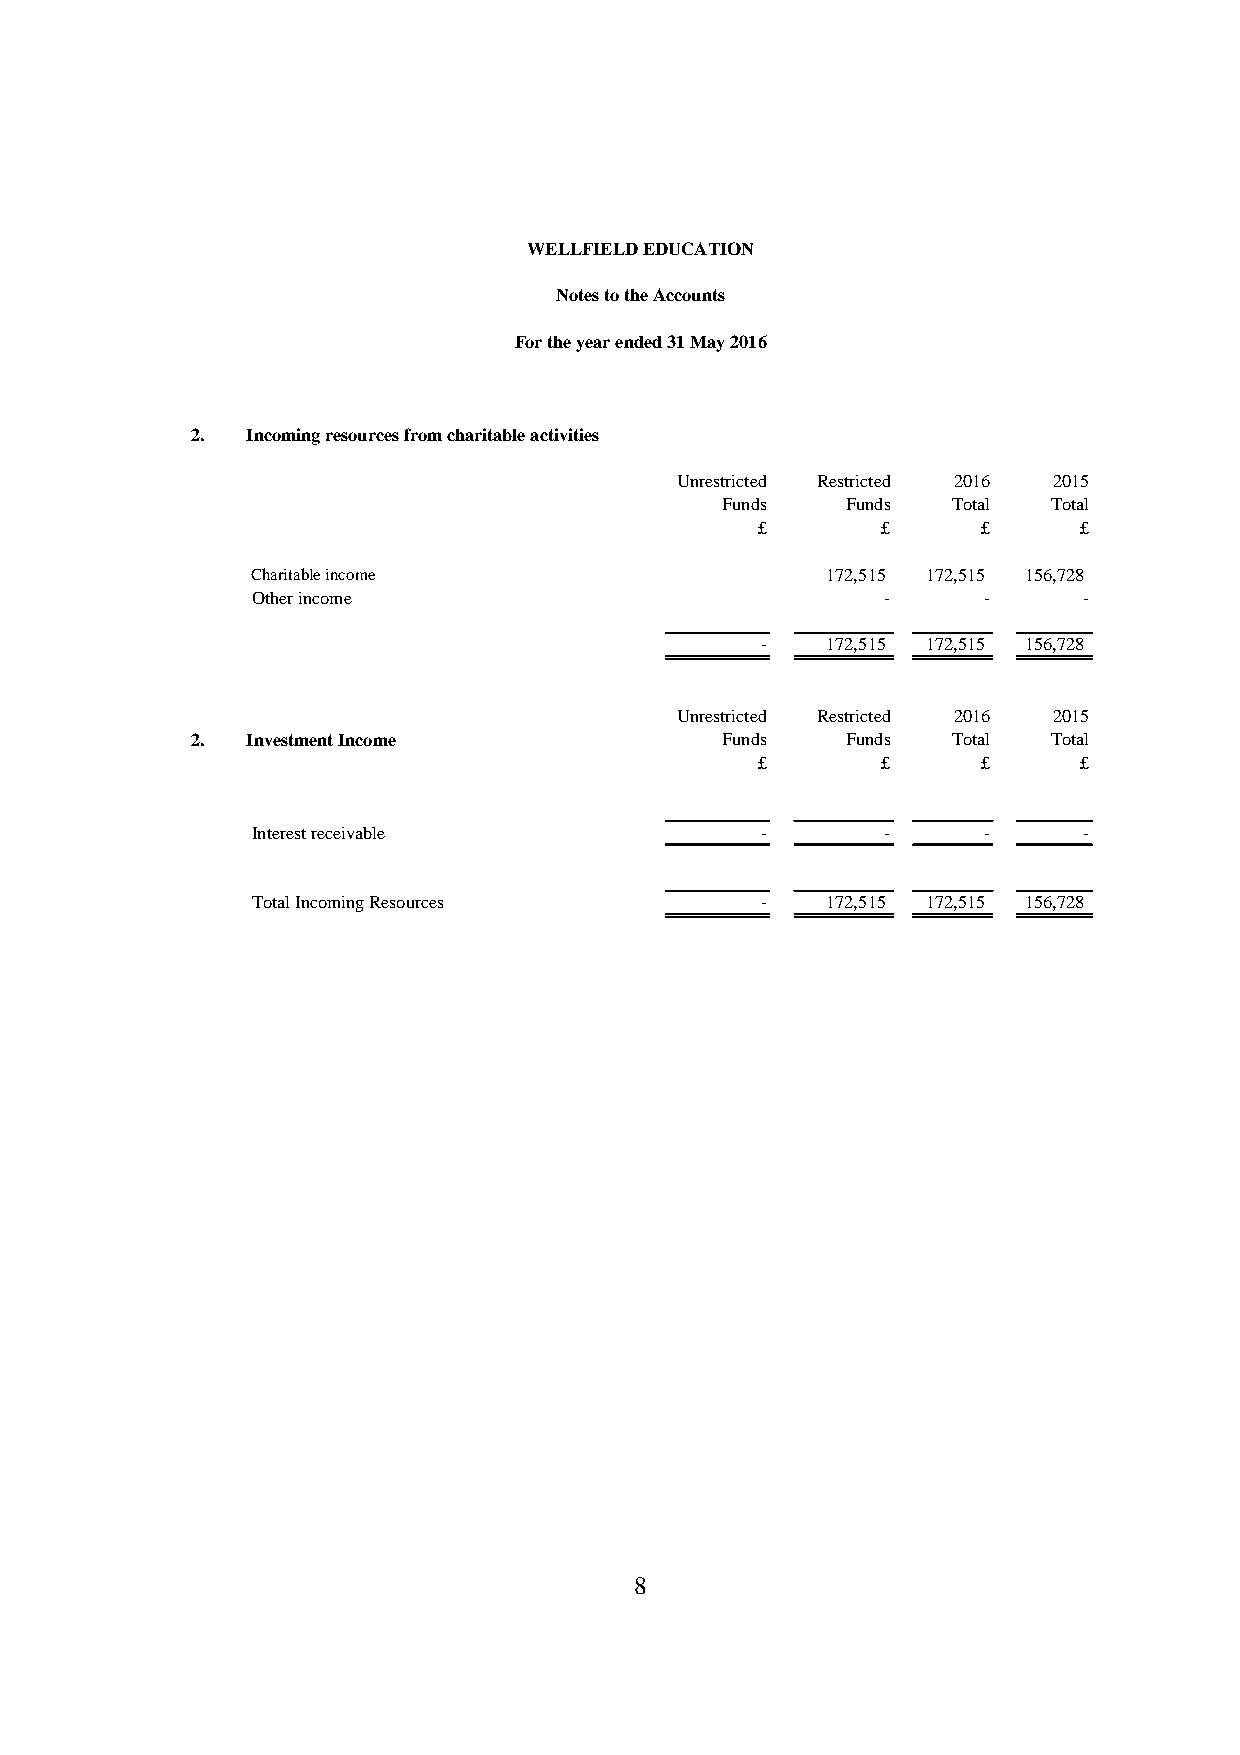
WELLFIELD EDUCATION
 Notes to the Accounts
 For the year ended 31 May 2016
 2. Incoming resources from charitable activities
 Unrestricted Restricted 2016 2015
 Funds   Funds  Total  Total
 £       £      £     £
 Charitable income                     172,515 172,515 156,728
 Other income                              -     -      -
 -    172,515 172,515 156,728
 Unrestricted Restricted 2016 2015
 2. Investment Income               Funds   Funds  Total  Total
 £       £      £     £
 Interest receivable              -        -     -      -
 Total Incoming Resources         -    172,515 172,515 156,728
 8